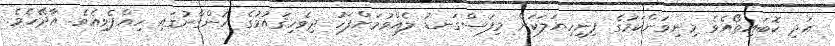
އަދި ކޮބައިތޯއެވެ މިނިވަންކަމުގެ ފިނިހިޔަލަކަށް މިފަސްގަނޑު ލެއްވުމަށްފަހު ދިވެހިޤައުމުގެ ހުންގާނުގައި ހިއްޕެވިއެވެ. އާދޭހެވެ.